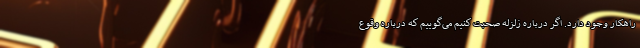
راهکار وجود دارد. اگر درباره زلزله صحبت کنیم می‌گوییم که درباره وقوع